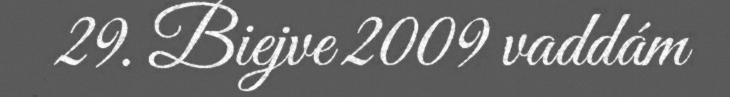
29. Biejve 2009 vaddám